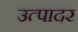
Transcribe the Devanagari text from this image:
उत्पादर